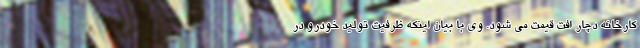
کارخانه دچار افت قیمت می شود. وی با بیان اینکه ظرفیت تولید خودرو در